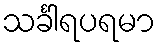
သင်္ခါရပရမာ